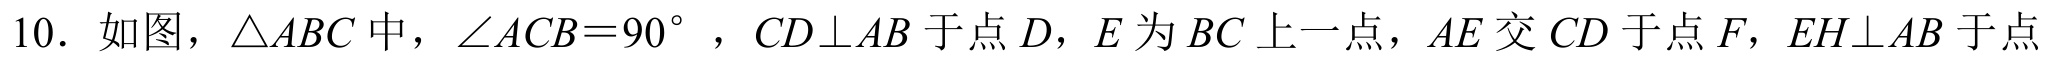
10. 如图，\(\triangle ABC\)中，\(\angle ACB = 90^{\circ}\)，\(CD\perp AB\)于点\(D\)，\(E\)为\(BC\)上一点，\(AE\)交\(CD\)于点\(F\)，\(EH\perp AB\)于点